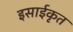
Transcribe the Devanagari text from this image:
इसाईकृत